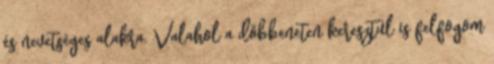
és nevetséges alakra. Valahol a döbbeneten keresztül is felfogom